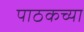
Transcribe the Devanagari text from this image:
पाठकच्या